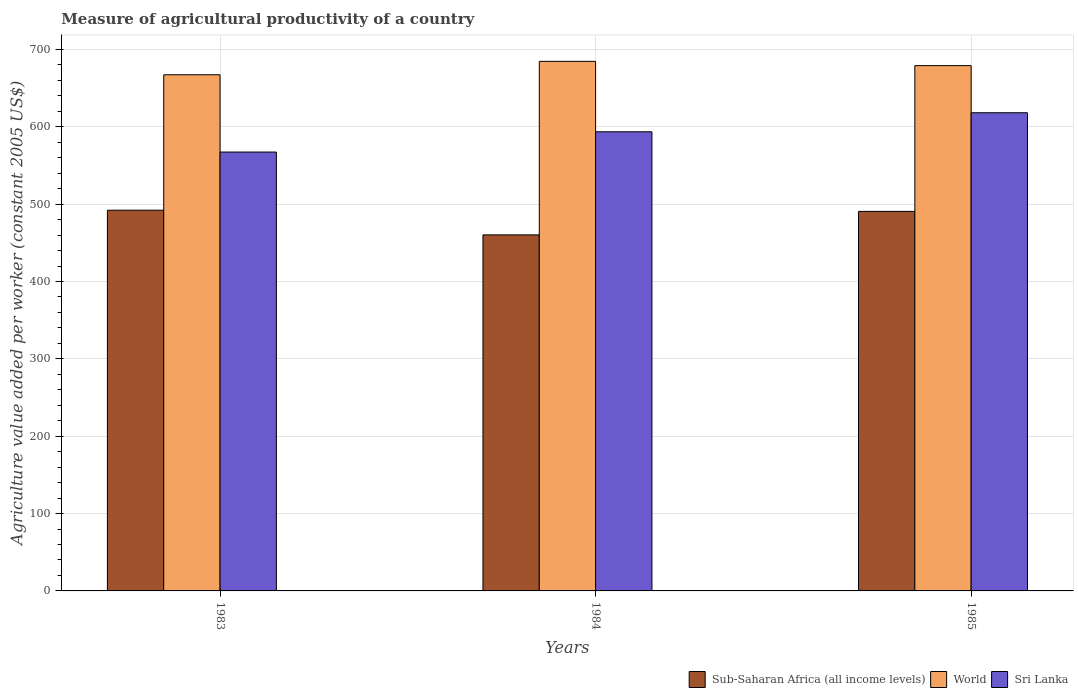
| Years | Sub-Saharan Africa (all income levels) | World | Sri Lanka |
 | --- | --- | --- | --- |
 | 1983 | 492 | 667 | 567 |
 | 1984 | 460 | 685 | 594 |
 | 1985 | 491 | 679 | 618 |